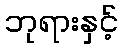
ဘုရားနှင့်